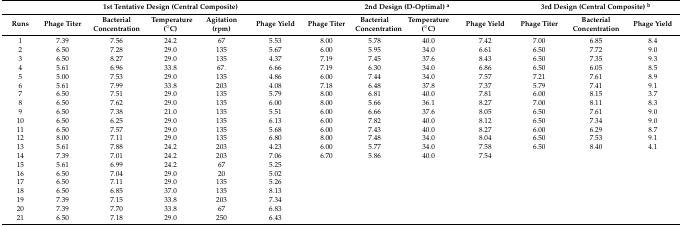
<table><thead><tr><td></td><td colspan="5"><b>1st Tentative Design (Central Composite)</b></td><td colspan="4"><b>2nd Design (D-Optimal) <sup>a</sup></b></td><td colspan="3"><b>3rd Design (Central Composite) <sup>b</sup></b></td></tr><tr><td><b>Runs</b></td><td><b>Phage Titer</b></td><td><b>Bacterial Concentration</b></td><td><b>Temperature (°C)</b></td><td><b>Agitation (rpm)</b></td><td><b>Phage Yield</b></td><td><b>Phage Titer</b></td><td><b>Bacterial Concentration</b></td><td><b>Temperature (°C)</b></td><td><b>Phage Yield</b></td><td><b>Phage Titer</b></td><td><b>Bacterial Concentration</b></td><td><b>Phage Yield</b></td></tr></thead><tbody><tr><td>1</td><td>7.39</td><td>7.56</td><td>24.2</td><td>67</td><td>5.53</td><td>8.00</td><td>5.78</td><td>40.0</td><td>7.42</td><td>7.00</td><td>6.85</td><td>8.4</td></tr><tr><td>2</td><td>6.50</td><td>7.28</td><td>29.0</td><td>135</td><td>5.67</td><td>6.00</td><td>5.95</td><td>34.0</td><td>6.61</td><td>6.50</td><td>7.72</td><td>9.0</td></tr><tr><td>3</td><td>6.50</td><td>8.27</td><td>29.0</td><td>135</td><td>4.37</td><td>7.19</td><td>7.45</td><td>37.6</td><td>8.43</td><td>6.50</td><td>7.35</td><td>9.3</td></tr><tr><td>4</td><td>5.61</td><td>6.96</td><td>33.8</td><td>67.</td><td>6.66</td><td>7.19</td><td>6.30</td><td>34.0</td><td>6.86</td><td>6.50</td><td>6.05</td><td>8.5</td></tr><tr><td>5</td><td>5.00</td><td>7.53</td><td>29.0</td><td>135</td><td>4.86</td><td>6.00</td><td>7.44</td><td>34.0</td><td>7.57</td><td>7.21</td><td>7.61</td><td>8.9</td></tr><tr><td>6</td><td>5.61</td><td>7.99</td><td>33.8</td><td>203</td><td>4.08</td><td>7.18</td><td>6.48</td><td>37.8</td><td>7.37</td><td>5.79</td><td>7.41</td><td>9.1</td></tr><tr><td>7</td><td>6.50</td><td>7.51</td><td>29.0</td><td>135</td><td>5.79</td><td>8.00</td><td>6.81</td><td>40.0</td><td>7.81</td><td>6.00</td><td>8.15</td><td>3.7</td></tr><tr><td>8</td><td>6.50</td><td>7.62</td><td>29.0</td><td>135</td><td>6.00</td><td>8.00</td><td>5.66</td><td>36.1</td><td>8.27</td><td>7.00</td><td>8.11</td><td>8.3</td></tr><tr><td>9</td><td>6.50</td><td>7.38</td><td>21.0</td><td>135</td><td>5.51</td><td>6.00</td><td>6.66</td><td>37.6</td><td>8.05</td><td>6.50</td><td>7.61</td><td>9.0</td></tr><tr><td>10</td><td>6.50</td><td>6.25</td><td>29.0</td><td>135</td><td>6.13</td><td>6.00</td><td>7.82</td><td>40.0</td><td>8.12</td><td>6.50</td><td>7.34</td><td>9.0</td></tr><tr><td>11</td><td>6.50</td><td>7.57</td><td>29.0</td><td>135</td><td>5.68</td><td>6.00</td><td>7.43</td><td>40.0</td><td>8.27</td><td>6.00</td><td>6.29</td><td>8.7</td></tr><tr><td>12</td><td>8.00</td><td>7.11</td><td>29.0</td><td>135</td><td>6.80</td><td>8.00</td><td>7.48</td><td>34.0</td><td>8.04</td><td>6.50</td><td>7.53</td><td>9.1</td></tr><tr><td>13</td><td>5.61</td><td>7.88</td><td>24.2</td><td>203</td><td>4.23</td><td>6.00</td><td>5.77</td><td>34.0</td><td>7.58</td><td>6.50</td><td>8.40</td><td>4.1</td></tr><tr><td>14</td><td>7.39</td><td>7.01</td><td>24.2</td><td>203</td><td>7.06</td><td>6.70</td><td>5.86</td><td>40.0</td><td>7.54</td><td></td><td></td><td></td></tr><tr><td>15</td><td>5.61</td><td>6.99</td><td>24.2</td><td>67</td><td>5.25</td><td></td><td></td><td></td><td></td><td></td><td></td><td></td></tr><tr><td>16</td><td>6.50</td><td>7.04</td><td>29.0</td><td>20</td><td>5.02</td><td></td><td></td><td></td><td></td><td></td><td></td><td></td></tr><tr><td>17</td><td>6.50</td><td>7.11</td><td>29.0</td><td>135</td><td>5.26</td><td></td><td></td><td></td><td></td><td></td><td></td><td></td></tr><tr><td>18</td><td>6.50</td><td>6.85</td><td>37.0</td><td>135</td><td>8.13</td><td></td><td></td><td></td><td></td><td></td><td></td><td></td></tr><tr><td>19</td><td>7.39</td><td>7.15</td><td>33.8</td><td>203</td><td>7.34</td><td></td><td></td><td></td><td></td><td></td><td></td><td></td></tr><tr><td>20</td><td>7.39</td><td>7.70</td><td>33.8</td><td>67</td><td>6.83</td><td></td><td></td><td></td><td></td><td></td><td></td><td></td></tr><tr><td>21</td><td>6.50</td><td>7.18</td><td>29.0</td><td>250</td><td>6.43</td><td></td><td></td><td></td><td></td><td></td><td></td><td></td></tr></tbody></table>